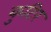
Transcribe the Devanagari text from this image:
कुटिर